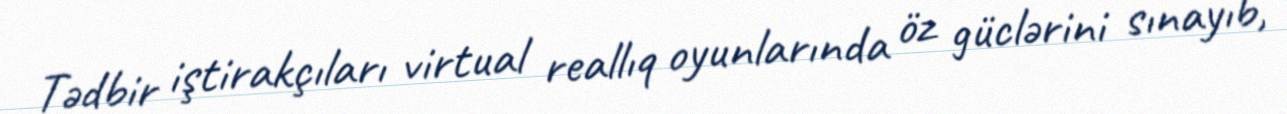
Tədbir iştirakçıları virtual reallıq oyunlarında öz güclərini sınayıb,